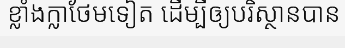
ខ្លាំងក្លាថែមទៀត ដើម្បីឲ្យបរិស្ថានបាន